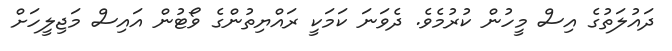
ދައުލަތުގެ އިސް މީހުން ކުރުމެވެ. ދެވަނަ ކަމަކީ ރައްޔިތުންގެ ވޯޓުން އައިސް މަޖިލީހަށް